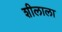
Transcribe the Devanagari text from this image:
शीलाला